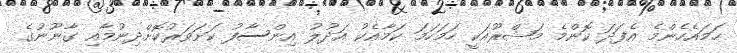
ހަމައެހެންމެ އެފަދަ ކޮންމެ މަޝްރޫއަކީ ހަމަހަމަ ކަމާއެކު އަދުލު އިންސާފު ކަށަވަރުކޮށްދިނުމާއި ގާނޫނުގެ